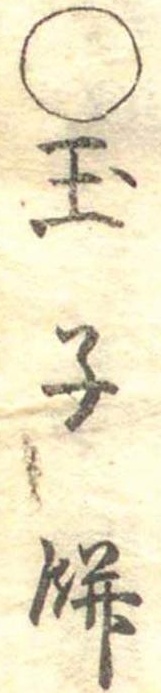
○玉子餅